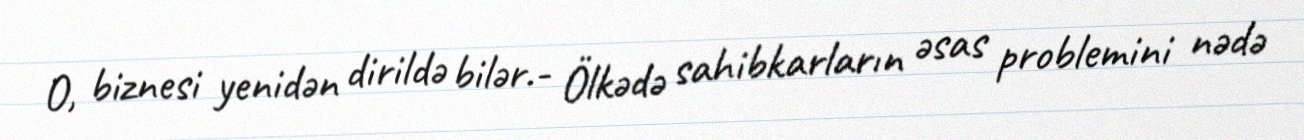
O, biznesi yenidən dirildə bilər.- Ölkədə sahibkarların əsas problemini nədə